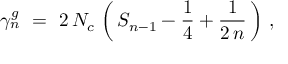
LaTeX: \gamma _ { n } ^ { g } \ = \ 2 \, N _ { c } \, \left( \, S _ { n - 1 } - \frac { 1 } { 4 } + \frac { 1 } { 2 \, n } \, \right) \, ,